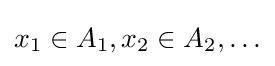
x_{1}\in A_{1},x_{2}\in A_{2},\ldots